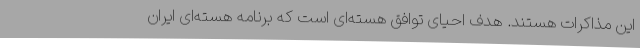
این مذاکرات هستند. هدف احیای توافق هسته‌ای است که برنامه هسته‌ای ایران